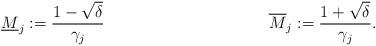
LaTeX: \begin{align*}\underline{M}_j := \frac{1-\sqrt{\delta}}{\gamma_j} && && \overline{M}_j := \frac{1+\sqrt{\delta}}{\gamma_j}.\end{align*}